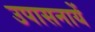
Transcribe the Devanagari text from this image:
उपासनायें